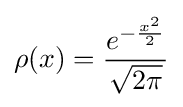
\rho (x)={\frac {e^{-{\frac {x^{2}}{2}}}}{\sqrt {2\pi }}}